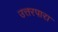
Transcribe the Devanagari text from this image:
उत्तरपारा